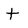
Character: t